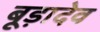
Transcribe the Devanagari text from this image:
बूड़ादेव